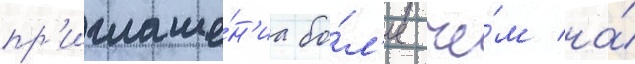
пр'иглаше́н'иа бо́л'ее че́м на́